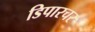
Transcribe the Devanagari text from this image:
डिपारचर